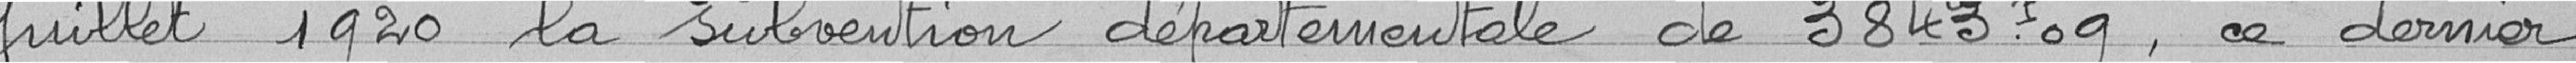
Juillet 1920 la subvention départementale de 3843 francs 09, ce dernier